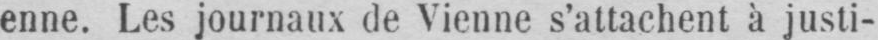
enne. Les journaux de Vienne s’attachent à justi-